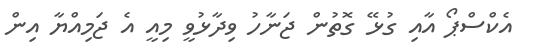
އެކްސްޕޯ އާއި ގުޅޭ ގޮތުން ޖަނާހު ވިދާޅުވީ މިއީ އެ ޖަމިއްޔާ އިން